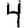
Digit: 4